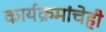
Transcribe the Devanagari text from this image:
कार्यक्रमांचेही